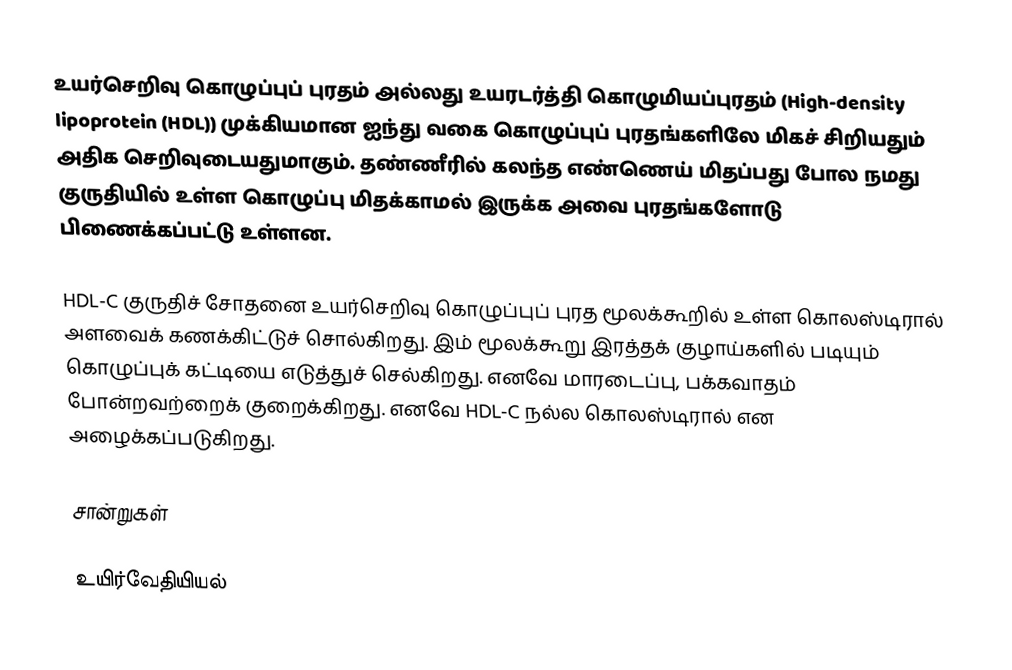
உயர்செறிவு கொழுப்புப் புரதம் அல்லது உயரடர்த்தி கொழுமியப்புரதம் (High-density lipoprotein (HDL))  முக்கியமான ஐந்து வகை கொழுப்புப் புரதங்களிலே மிகச் சிறியதும் அதிக செறிவுடையதுமாகும். தண்ணீரில் கலந்த எண்ணெய் மிதப்பது போல நமது குருதியில் உள்ள கொழுப்பு மிதக்காமல் இருக்க அவை புரதங்களோடு பிணைக்கப்பட்டு உள்ளன.

HDL-C குருதிச் சோதனை உயர்செறிவு கொழுப்புப் புரத மூலக்கூறில் உள்ள கொலஸ்டிரால் அளவைக் கணக்கிட்டுச் சொல்கிறது. இம் மூலக்கூறு இரத்தக் குழாய்களில் படியும் கொழுப்புக் கட்டியை எடுத்துச் செல்கிறது. எனவே மாரடைப்பு, பக்கவாதம் போன்றவற்றைக் குறைக்கிறது. எனவே HDL-C நல்ல கொலஸ்டிரால் என அழைக்கப்படுகிறது.

சான்றுகள்

உயிர்வேதியியல்